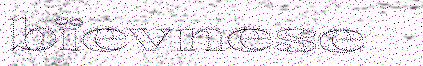
bïevnese